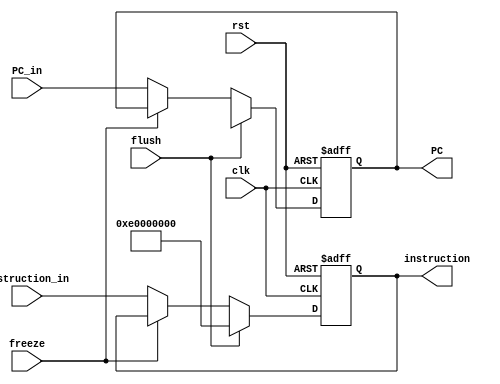
module IF_Stage_Reg(input clk, rst, freeze, flush, input[31:0] PC_in, instruction_in, output reg[31:0] PC, instruction);
    always@(posedge clk, posedge rst) begin
        if(rst) begin
            PC <= 32'bx;
            instruction <= 32'b11100000000000000000000000000000; // NOP
        end
        else if(flush) begin
            PC <= 32'bx;
            instruction <= 32'b11100000000000000000000000000000; // NOP
        end
        else if(!freeze) begin
            PC <= PC_in;
            instruction <= instruction_in;
        end
    end
endmodule